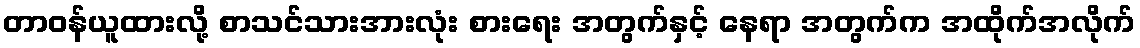
တာဝန်ယူထားလို့ စာသင်သားအားလုံး စားရေး အတွက်နှင့် နေရာ အတွက်က အထိုက်အလိုက်